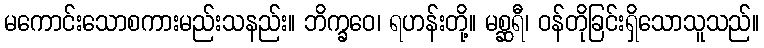
မကောင်းသောစကားမည်းသနည်း။ ဘိက္ခဝေ၊ ရဟန်းတို့။ မစ္ဆရီ၊ ဝန်တိုခြင်းရှိသောသူသည်။